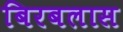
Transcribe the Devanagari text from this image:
बिरबलास